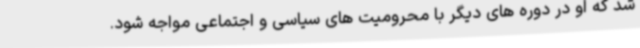
شد که او در دوره های دیگر با محرومیت های سیاسی و اجتماعی مواجه شود.